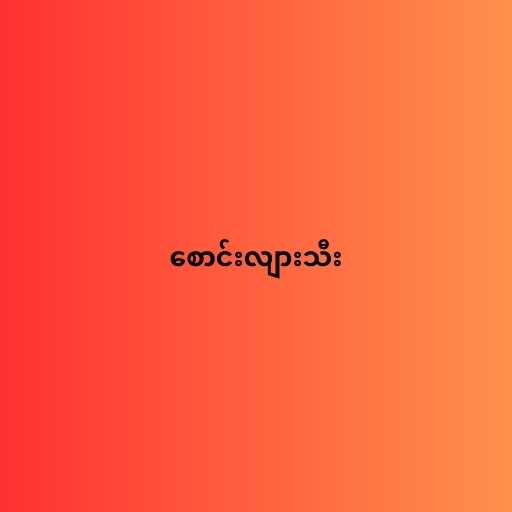
စောင်းလျားသီး